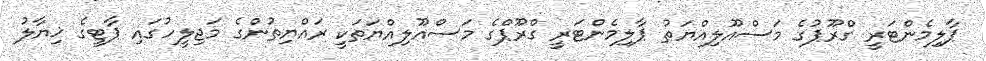
ޕާލިމެންޓަރީ ގްރޫޕުގެ މަސްއޫލިއްޔަތު ޕާލިމެންޓަރީ ގްރޫޕްގެ މަސްއޫލިއްޔަތަކީ ރައްޔިތުންގެ މަޖިލީހުގައި ޕާޓީގެ ޚިޔާލު